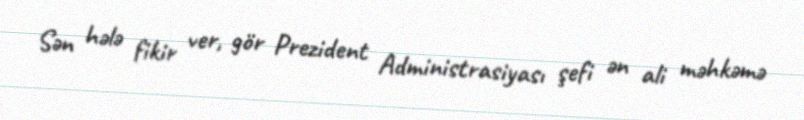
Sən hələ fikir ver, gör Prezident Administrasiyası şefi ən ali məhkəmə